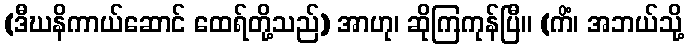
(ဒီဃနိကာယ်ဆောင် ထေရ်တို့သည်) အာဟု၊ ဆိုကြကုန်ပြီ။ (ကိံ၊ အဘယ်သို့